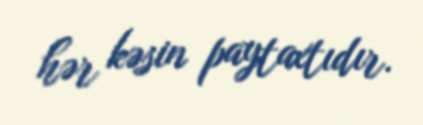
hər kəsin paytaxtıdır.